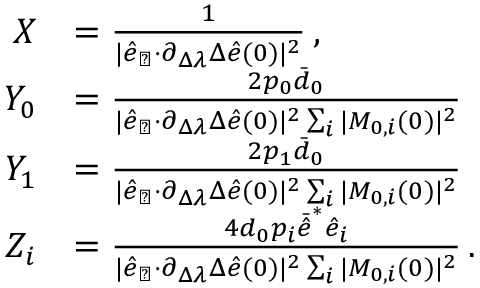
\begin{array} { r l } { X } & { = \frac { 1 } { \vert \hat { e } _ { \perp } { \cdot } \partial _ { \Delta \lambda } \Delta \hat { e } ( 0 ) \vert ^ { 2 } } \, , } \\ { Y _ { 0 } } & { = \frac { 2 p _ { 0 } \bar { d } _ { 0 } } { \vert \hat { e } _ { \perp } { \cdot } \partial _ { \Delta \lambda } \Delta \hat { e } ( 0 ) \vert ^ { 2 } \sum _ { i } \vert M _ { 0 , i } ( 0 ) \vert ^ { 2 } } } \\ { Y _ { 1 } } & { = \frac { 2 p _ { 1 } \bar { d } _ { 0 } } { \vert \hat { e } _ { \perp } { \cdot } \partial _ { \Delta \lambda } \Delta \hat { e } ( 0 ) \vert ^ { 2 } \sum _ { i } \vert M _ { 0 , i } ( 0 ) \vert ^ { 2 } } } \\ { Z _ { i } } & { = \frac { 4 d _ { 0 } p _ { i } \bar { \hat { e } } ^ { * } \hat { e } _ { i } } { \vert \hat { e } _ { \perp } { \cdot } \partial _ { \Delta \lambda } \Delta \hat { e } ( 0 ) \vert ^ { 2 } \sum _ { i } \vert M _ { 0 , i } ( 0 ) \vert ^ { 2 } } \, . } \end{array}